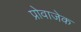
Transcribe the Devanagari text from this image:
प्रोवाजेक